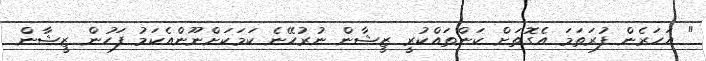
" އަހަރެން ފުރަތަމަ އެގޮތަށް ކަންތައްކުރީ ޒީޝާން ނުރުހޭނެ ކަމަކަށްނޫންއެކަމު ފަހުން ޒީޝާން